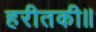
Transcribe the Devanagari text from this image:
हरीतकी॥